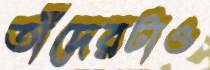
তাঁদেরটাও